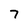
Character: 7